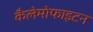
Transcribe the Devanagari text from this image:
कैलेमोफाइटन